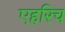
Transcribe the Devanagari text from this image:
एहरिच